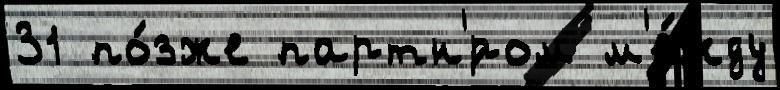
31 по́зже партн'́ром м'е́жду